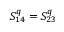
S _ { 1 4 } ^ { q } = S _ { 2 3 } ^ { q }